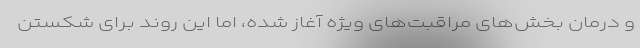
و درمان بخش‌های مراقبت‌های ویژه آغاز شده، اما این روند برای شکستن